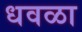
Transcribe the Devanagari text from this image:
धवळा